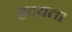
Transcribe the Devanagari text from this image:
हृदयता